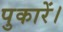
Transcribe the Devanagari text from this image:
पुकारें।